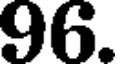
96.